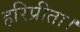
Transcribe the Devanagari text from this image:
हरिप्रीता।